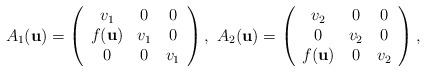
LaTeX: \begin{align*}A_{1}(\textbf{u}) = \left( \begin{array}{ccc}v_{1} & 0 & 0 \\f(\textbf{u}) & v_{1} & 0 \\0 & 0 & v_{1} \end{array} \right), \ A_{2}(\textbf{u}) = \left( \begin{array}{ccc}v_{2} & 0 & 0 \\0 & v_{2} & 0 \\f(\textbf{u}) & 0 & v_{2} \end{array} \right),\end{align*}